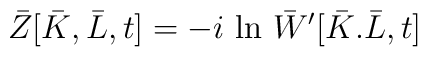
\bar{Z} [ \bar{K} , \bar{L} ,t] = -i\mbox{ ln }\bar{W} ^\prime [ \bar{K} .\bar{L},t]